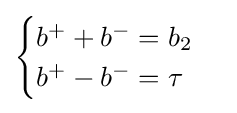
{\begin{cases}b^{+}+b^{-}=b_{2}\\b^{+}-b^{-}=\tau \end{cases}}